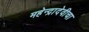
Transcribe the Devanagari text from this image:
महेन्द्रादेवीचा